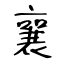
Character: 襄